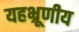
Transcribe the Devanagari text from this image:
यहभ्रूणीय